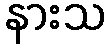
နားသ